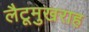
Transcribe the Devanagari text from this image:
लैटूमुखराह